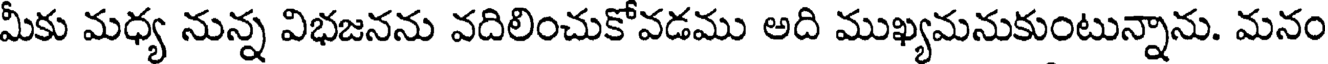
మీకు మధ్య నున్న విభజనను వదిలించుకోవడము అది ముఖ్యమనుకుంటున్నాను. మనం